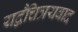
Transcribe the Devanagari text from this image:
यद्वैचित्रयवाद